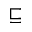
\sqsubseteq